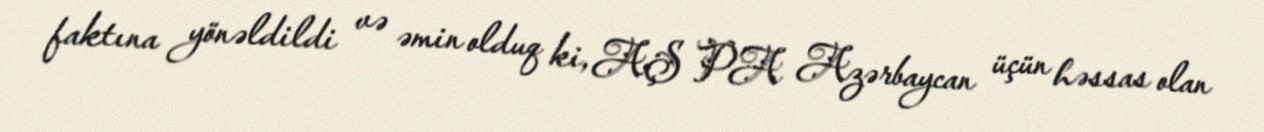
faktına yönəldildi və əmin olduq ki, AŞ PA Azərbaycan üçün həssas olan